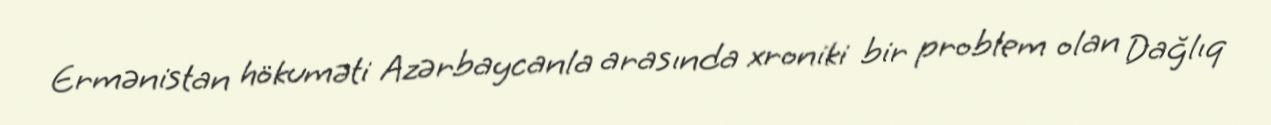
Ermənistan hökuməti Azərbaycanla arasında xroniki bir problem olan Dağlıq